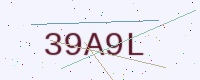
Text: 39A9L